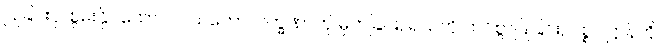
ပြုခြင်းငှါ စွမ်းနိုင်သော။ ဝါ၊ သဘောလက္ခဏာကို မှတ်ခြင်း, ရသကို ထင်စွာပြုခြင်း, ပစ္စုပဋ္ဌာန်ကို